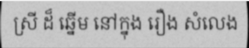
ស្រី ដ៏ ឆ្នើម នៅក្នុង រឿង សំលេង